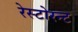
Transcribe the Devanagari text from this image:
रेस्टोरन्ट